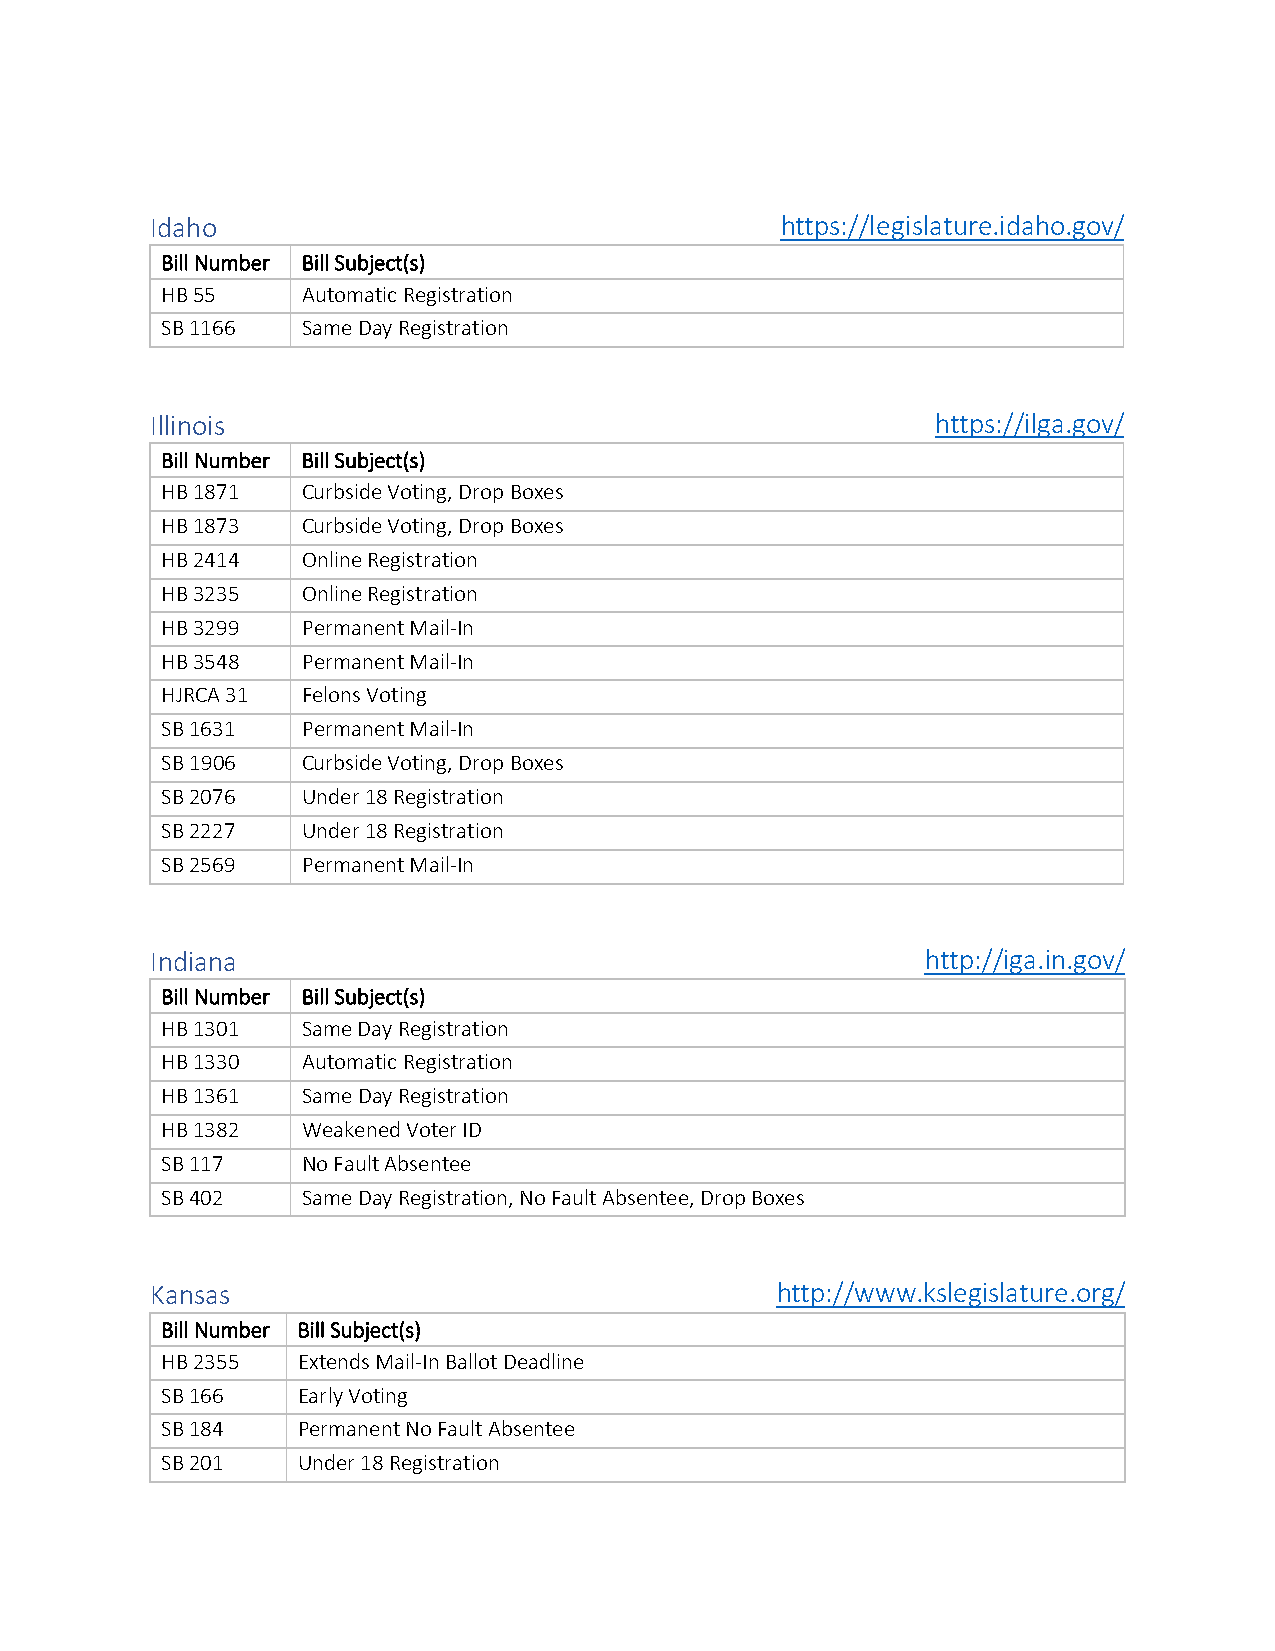
Idaho                                     https://legislature.idaho.gov/
 Bill Number Bill Subject(s)
 HB 55    Automatic Registration
 SB 1166  Same Day Registration
 Illinois                                            https://ilga.gov/
 Bill Number Bill Subject(s)
 HB 1871  Curbside Voting, Drop Boxes
 HB 1873  Curbside Voting, Drop Boxes
 HB 2414  Online Registration
 HB 3235  Online Registration
 HB 3299  Permanent Mail-In
 HB 3548  Permanent Mail-In
 HJRCA 31 Felons Voting
 SB 1631  Permanent Mail-In
 SB 1906  Curbside Voting, Drop Boxes
 SB 2076  Under 18 Registration
 SB 2227  Under 18 Registration
 SB 2569  Permanent Mail-In
 Indiana                                            http://iga.in.gov/
 Bill Number Bill Subject(s)
 HB 1301  Same Day Registration
 HB 1330  Automatic Registration
 HB 1361  Same Day Registration
 HB 1382  Weakened Voter ID
 SB 117   No Fault Absentee
 SB 402   Same Day Registration, No Fault Absentee, Drop Boxes
 Kansas                                   http://www.kslegislature.org/
 Bill Number Bill Subject(s)
 HB 2355  Extends Mail-In Ballot Deadline
 SB 166   Early Voting
 SB 184   Permanent No Fault Absentee
 SB 201   Under 18 Registration